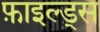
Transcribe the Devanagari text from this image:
फ़ाइल्ड्स